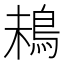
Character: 𩿲